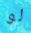
لو